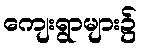
ကျေးရွာများ၌